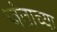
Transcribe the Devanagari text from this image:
जंताच्या